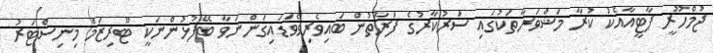
ޖުމްހޫރީ ޕާޓީއާއެކު ކުރާ މަޝްވަރާތަކުގައި ސަރުކާރުގެ ފަރާތުން ބައިވެރިވެވަޑައިގަންނަވާ ބޭފުޅުންނަކީ ޓޫރިޒަމް މިނިސްޓަރު